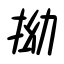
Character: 拗